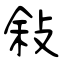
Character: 敍